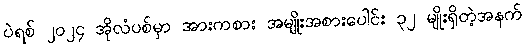
ပဲရစ် ၂၀၂၄ အိုလံပစ်မှာ အားကစား အမျိုးအစားပေါင်း ၃၂ မျိုးရှိတဲ့အနက်